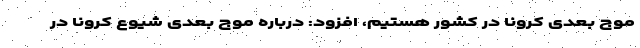
موج بعدی کرونا در کشور هستیم، افزود: درباره موج بعدی شیوع کرونا در